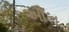
ઔન